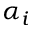
\alpha _ { i }